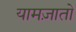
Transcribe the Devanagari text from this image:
यामज़ातो